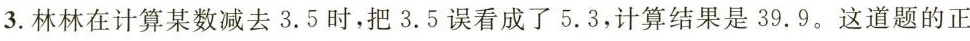
3.林林在计算某数减去3.5时，把3.5误看成了5.3，计算结果是39.9。这道题的正